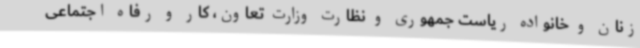
زنان و خانواده ریاست جمهوری و نظارت وزارت تعاون، کار و رفاه اجتماعی